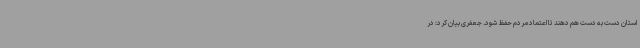
استان دست به دست هم دهند تا اعتماد مردم حفظ شود. جعفری بیان کرد: در